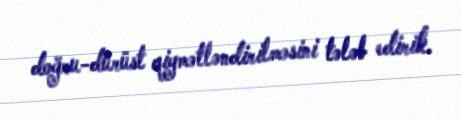
doğru-dürüst qiymətləndirilməsini tələb edirik.